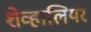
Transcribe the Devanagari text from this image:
शेव्हालियर